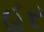
હર